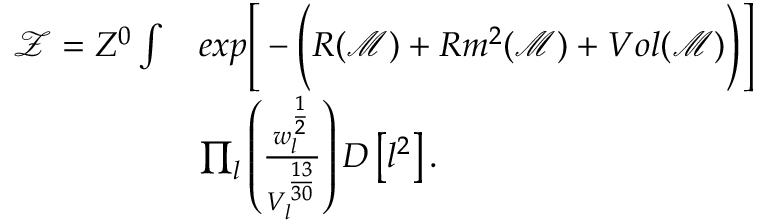
\begin{array} { r l } { \mathcal { Z } = Z ^ { 0 } \int } & { e x p \Bigg [ - \Bigg ( R ( \mathcal { M } ) + R m ^ { 2 } ( \mathcal { M } ) + V o l ( \mathcal { M } ) \Bigg ) \Bigg ] } \\ & { \prod _ { l } \left( \frac { w _ { l } ^ { \frac { 1 } { 2 } } } { V _ { l } ^ { \frac { 1 3 } { 3 0 } } } \right) D \left[ l ^ { 2 } \right] . } \end{array}